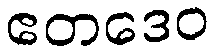
ဧတဒေဝ